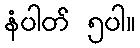
နံပါတ် ၅ပါ။